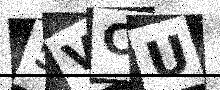
Text: 5VCU